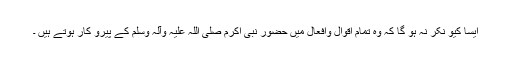
ایسا کیو نکر نہ ہو گا کہ وہ تمام اقوال وافعال میں حضور نبی اکرم صلی اللہ علیہ وآلہٖ وسلم کے پیرو کار ہوتے ہیں ۔